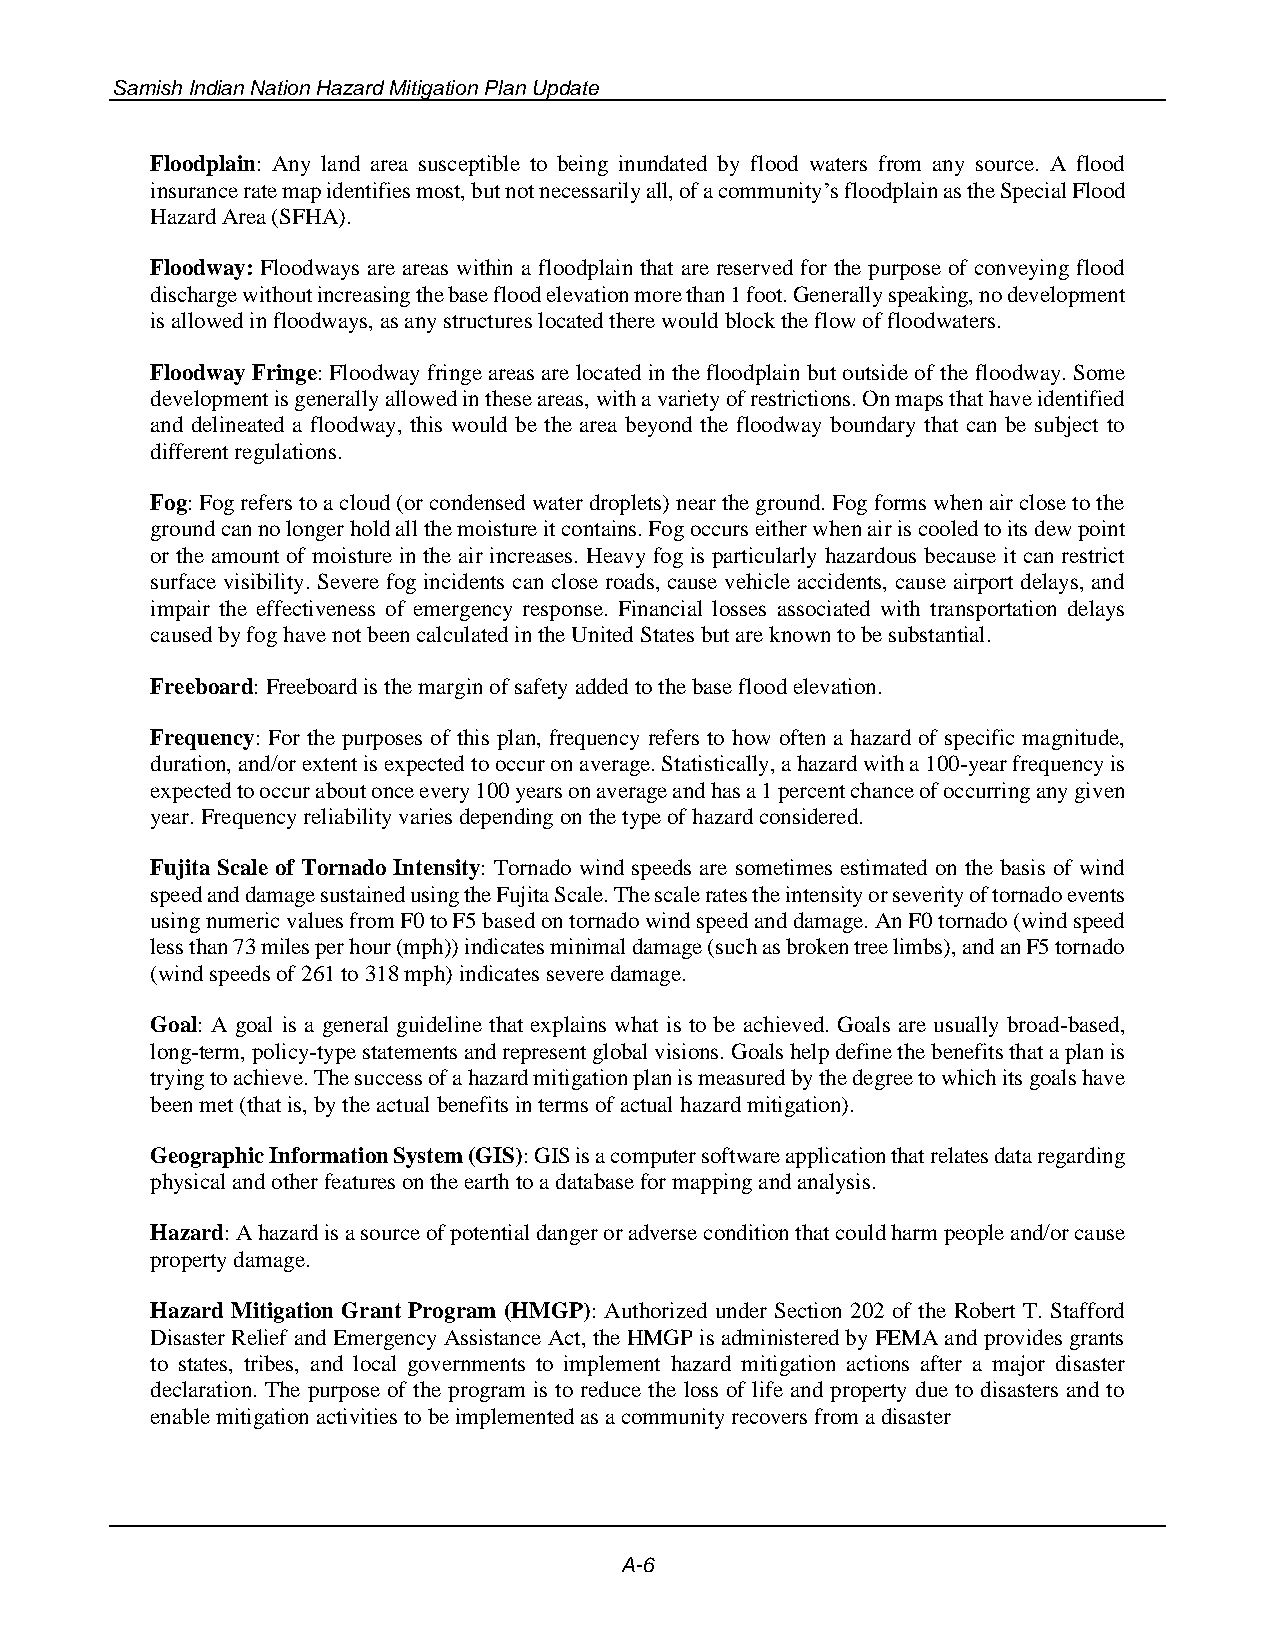
Samish Indian Nation Hazard Mitigation Plan Update
 Floodplain: Any land area susceptible to being inundated by flood waters from any source. A flood
 insurance rate map identifies most, but not necessarily all, of a community’s floodplain as the Special Flood
 Hazard Area (SFHA).
 Floodway: Floodways are areas within a floodplain that are reserved for the purpose of conveying flood
 discharge without increasing the base flood elevation more than 1 foot. Generally speaking, no development
 is allowed in floodways, as any structures located there would block the flow of floodwaters.
 Floodway Fringe: Floodway fringe areas are located in the floodplain but outside of the floodway. Some
 development is generally allowed in these areas, with a variety of restrictions. On maps that have identified
 and delineated a floodway, this would be the area beyond the floodway boundary that can be subject to
 different regulations.
 Fog: Fog refers to a cloud (or condensed water droplets) near the ground. Fog forms when air close to the
 ground can no longer hold all the moisture it contains. Fog occurs either when air is cooled to its dew point
 or the amount of moisture in the air increases. Heavy fog is particularly hazardous because it can restrict
 surface visibility. Severe fog incidents can close roads, cause vehicle accidents, cause airport delays, and
 impair the effectiveness of emergency response. Financial losses associated with transportation delays
 caused by fog have not been calculated in the United States but are known to be substantial.
 Freeboard: Freeboard is the margin of safety added to the base flood elevation.
 Frequency: For the purposes of this plan, frequency refers to how often a hazard of specific magnitude,
 duration, and/or extent is expected to occur on average. Statistically, a hazard with a 100-year frequency is
 expected to occur about once every 100 years on average and has a 1 percent chance of occurring any given
 year. Frequency reliability varies depending on the type of hazard considered.
 Fujita Scale of Tornado Intensity: Tornado wind speeds are sometimes estimated on the basis of wind
 speed and damage sustained using the Fujita Scale. The scale rates the intensity or severity of tornado events
 using numeric values from F0 to F5 based on tornado wind speed and damage. An F0 tornado (wind speed
 less than 73 miles per hour (mph)) indicates minimal damage (such as broken tree limbs), and an F5 tornado
 (wind speeds of 261 to 318 mph) indicates severe damage.
 Goal: A goal is a general guideline that explains what is to be achieved. Goals are usually broad-based,
 long-term, policy-type statements and represent global visions. Goals help define the benefits that a plan is
 trying to achieve. The success of a hazard mitigation plan is measured by the degree to which its goals have
 been met (that is, by the actual benefits in terms of actual hazard mitigation).
 Geographic Information System (GIS): GIS is a computer software application that relates data regarding
 physical and other features on the earth to a database for mapping and analysis.
 Hazard: A hazard is a source of potential danger or adverse condition that could harm people and/or cause
 property damage.
 Hazard Mitigation Grant Program (HMGP): Authorized under Section 202 of the Robert T. Stafford
 Disaster Relief and Emergency Assistance Act, the HMGP is administered by FEMA and provides grants
 to states, tribes, and local governments to implement hazard mitigation actions after a major disaster
 declaration. The purpose of the program is to reduce the loss of life and property due to disasters and to
 enable mitigation activities to be implemented as a community recovers from a disaster
 A-6